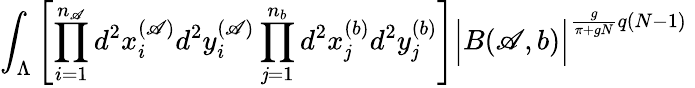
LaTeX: \int_{\Lambda}\left[\prod_{i=1}^{n_{\mathscr{A}}}d^{2}x_{i}^{(\mathscr{A})}d^{2}y_{i}^{(\mathscr{A})}\prod_{\mathit{j}=1}^{n_{b}}d^{2}x_{\mathit{j}}^{(b)}d^{2}y_{\mathit{j}}^{(b)}\right]\Big|B(\mathscr{A},b)\Big|^{\frac{{g}}{{\pi+gN}}q(N-1)}\;